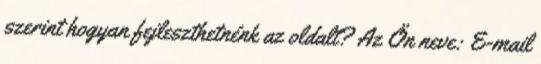
szerint hogyan fejleszthetnénk az oldalt? Az Ön neve: E-mail